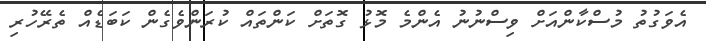
އެވަގުތު މުސްކާންއަށް ވިސްނުނު އެންމެ މޮޅު ގޮތަށް ކަންތައް ކުރަންވެގެން ކަބަޑެއް ތެރޭހުރި